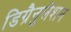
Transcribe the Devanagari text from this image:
डिग्रैनुलेशन